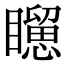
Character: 𥌐